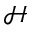
\mathcal { H }